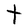
Character: t